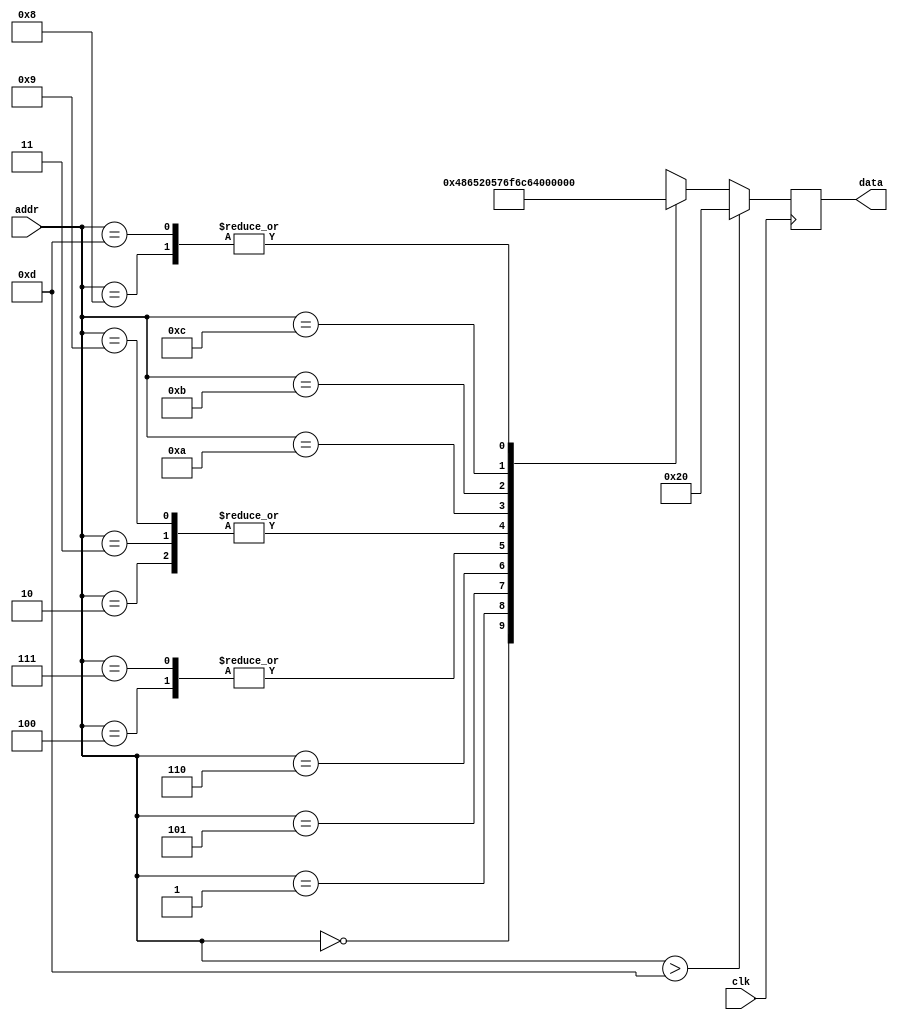
module message_rom (
    input clk,
    input [3:0] addr,
    output [7:0] data
);
wire [7:0] rom_data [13:0];
assign rom_data[0] = "H";
assign rom_data[1] = "e";
assign rom_data[2] = "l";
assign rom_data[3] = "l";
assign rom_data[4] = "o";
assign rom_data[5] = " ";
assign rom_data[6] = "W";
assign rom_data[7] = "o";
assign rom_data[8] = "r";
assign rom_data[9] = "l";
assign rom_data[10] = "d";
assign rom_data[11] = "!";
assign rom_data[12] = "\n";
assign rom_data[13] = "\r";
reg [7:0] data_d, data_q;
assign data = data_q;
always @(*) begin
    if (addr > 4'd13)
        data_d = " ";
    else
        data_d = rom_data[addr];
end
always @(posedge clk) begin
    data_q <= data_d;
end
endmodule